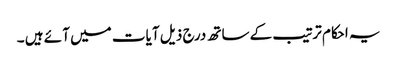
یہ احکام ترتیب کے ساتھ درج ذیل آ یات میں آ ئے ہیں ۔